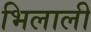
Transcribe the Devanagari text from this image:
भिलाली